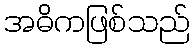
အဓိကဖြစ်သည်